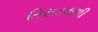
તિરાડવાળી